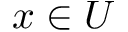
x \in U